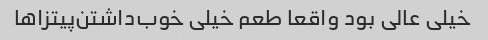
خیلی عالی بود واقعا طعم خیلی خوب‌داشتن‌پیتزاها